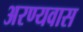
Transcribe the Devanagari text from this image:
अरण्यवास